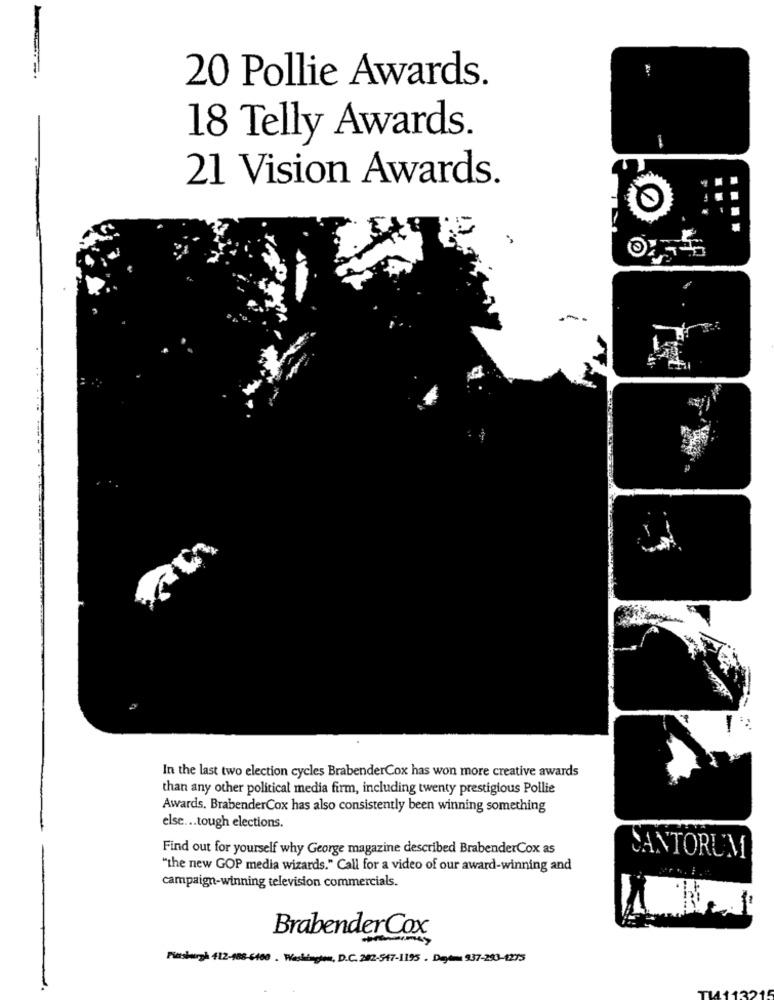
20 Pollie Awards.
18 Telly Awards.
21 Vision Awards.
In the last two election cycles BrabenderCox has won more creative awards
than any other political media firm, including twenty prestigious Pollie
Awards. BrabenderCox has also consistently been winning something
else ... tough elections.
Find out for yourself why George magazine described BrabenderCox as
CANTORUM
"the new GOP media wizards." Call for a video of our award-winning and
campaign-winning television commercials.
Brabender Cox
Finsburyà 412-188-6400 . Washington, D.C. 282-547-1195 . Dagama 937-283-1275